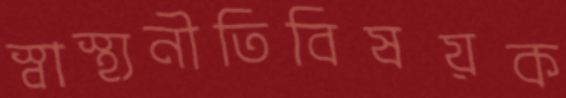
স্বাস্থ্যনীতিবিষয়ক